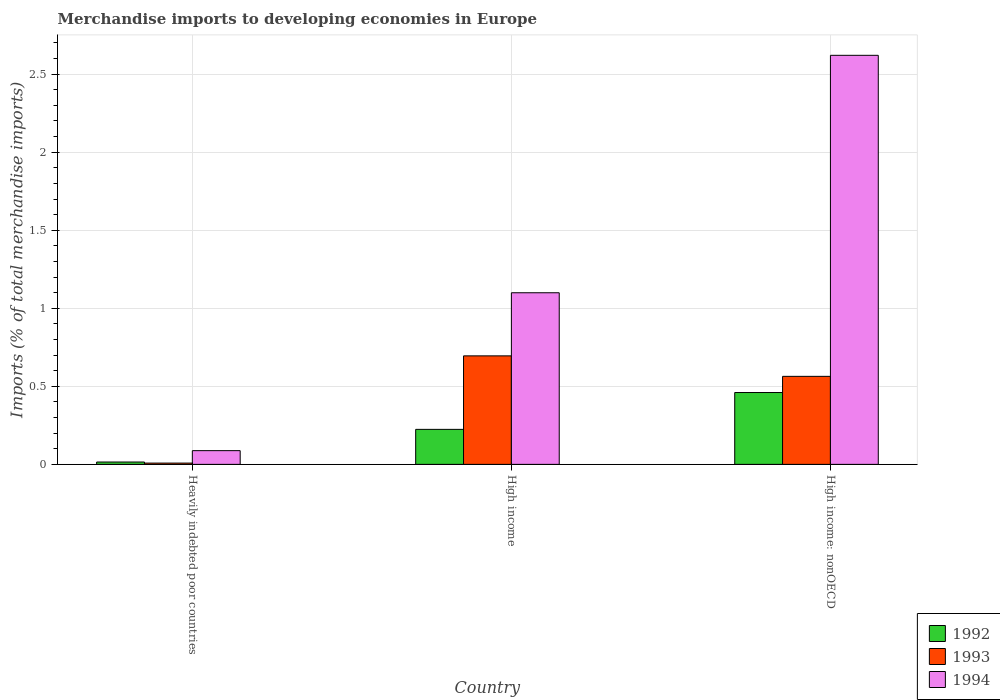
| Country | 1992 | 1993 | 1994 |
 | --- | --- | --- | --- |
 | Heavily indebted poor countries | 0.0151 | 0.00827 | 0.088 |
 | High income | 0.224 | 0.695 | 1.1 |
 | High income: nonOECD | 0.46 | 0.564 | 2.62 |